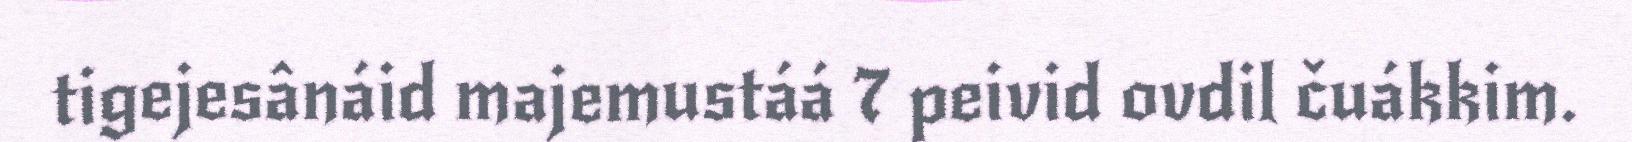
tigejesânáid majemustáá 7 peivid ovdil čuákkim.